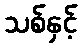
သစ်နှင့်